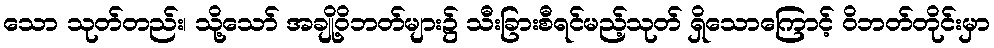
သော သုတ်တည်း၊ သို့သော် အချို့ဝိဘတ်များ၌ သီးခြားစီရင်မည့်သုတ် ရှိသောကြောင့် ဝိဘတ်တိုင်းမှာ